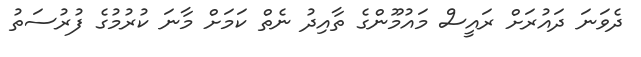
ދެވަނަ ދައުރަށް ރައީސް މައުމޫންގެ ތާއިދު ނެތް ކަމަށް މާނަ ކުރުމުގެ ފުރުސަތު